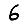
Digit: 6